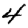
Digit: 4